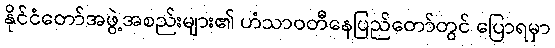
နိုင်ငံတော်အဖွဲ့အစည်းများ၏ ဟံသာဝတီနေပြည်တော်တွင် ပြောရမှာ